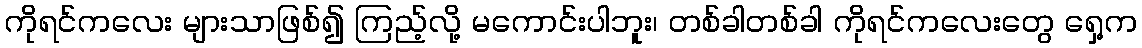
ကိုရင်ကလေး များသာဖြစ်၍ ကြည့်လို့ မကောင်းပါဘူး၊ တစ်ခါတစ်ခါ ကိုရင်ကလေးတွေ ရှေ့က